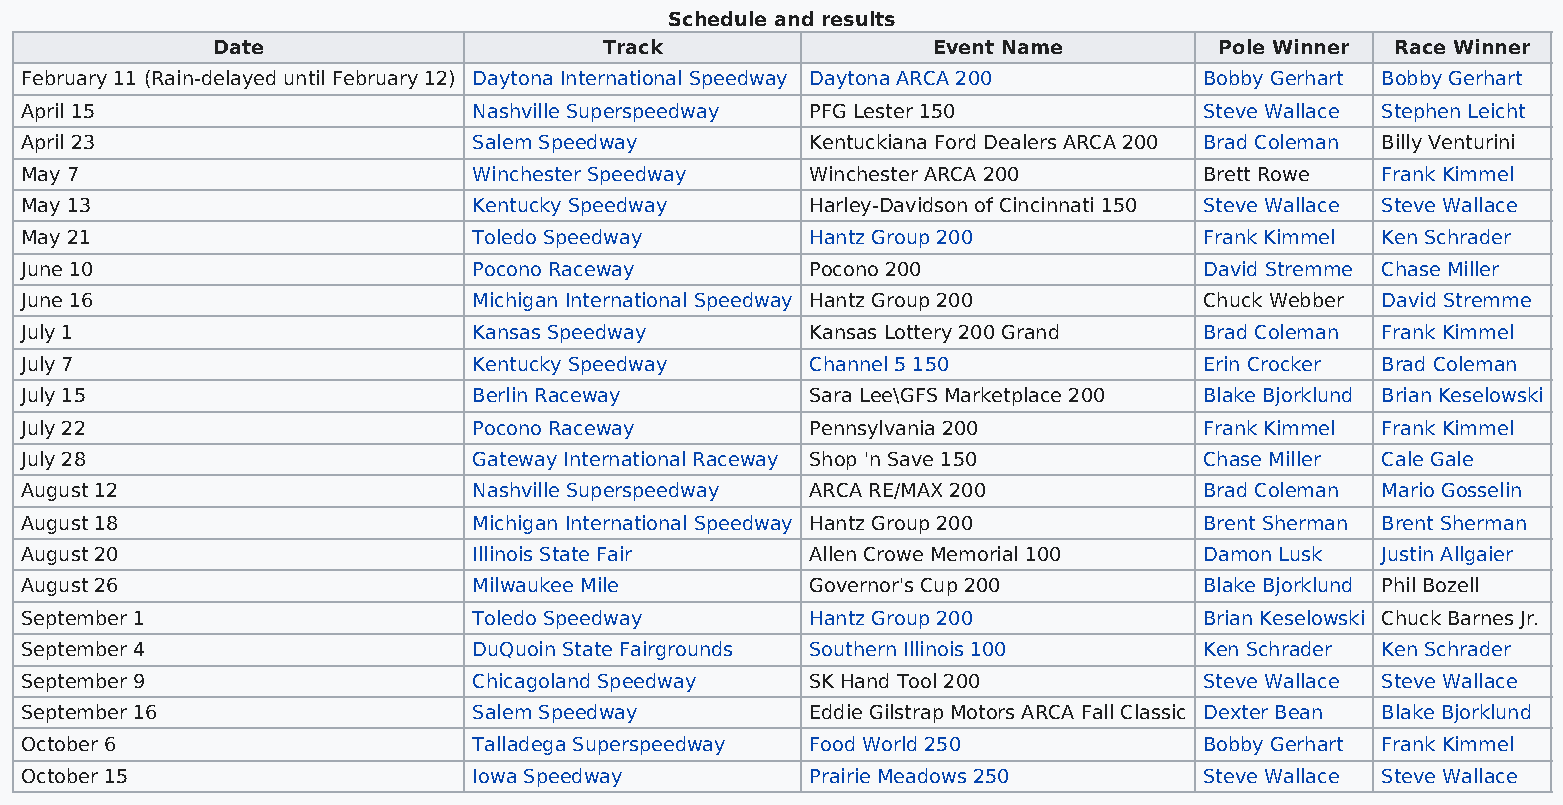
Schedule and results
 Date                      Track                 Event Name         Pole Winner Race Winner
 February 11 (Rain-delayed until February 12) Daytona International Speedway Daytona ARCA 200 Bobby Gerhart Bobby Gerhart
 April 15                      Nashville Superspeedway PFG Lester 150           Steve Wallace Stephen Leicht
 April 23                      Salem Speedway         Kentuckiana Ford Dealers ARCA 200 Brad Coleman Billy Venturini
 May 7                         Winchester Speedway    Winchester ARCA 200       Brett Rowe Frank Kimmel
 May 13                        Kentucky Speedway      Harley-Davidson of Cincinnati 150 Steve Wallace Steve Wallace
 May 21                        Toledo Speedway        Hantz Group 200           Frank Kimmel Ken Schrader
 June 10                       Pocono Raceway         Pocono 200                David Stremme Chase Miller
 June 16                       Michigan International Speedway Hantz Group 200  Chuck Webber David Stremme
 July 1                        Kansas Speedway        Kansas Lottery 200 Grand  Brad Coleman Frank Kimmel
 July 7                        Kentucky Speedway      Channel 5 150             Erin Crocker Brad Coleman
 July 15                       Berlin Raceway         Sara Lee\GFS Marketplace 200 Blake Bjorklund Brian Keselowski
 July 22                       Pocono Raceway         Pennsylvania 200          Frank Kimmel Frank Kimmel
 July 28                       Gateway International Raceway Shop 'n Save 150   Chase Miller Cale Gale
 August 12                     Nashville Superspeedway ARCA RE/MAX 200          Brad Coleman Mario Gosselin
 August 18                     Michigan International Speedway Hantz Group 200  Brent Sherman Brent Sherman
 August 20                     Illinois State Fair    Allen Crowe Memorial 100  Damon Lusk Justin Allgaier
 August 26                     Milwaukee Mile         Governor's Cup 200        Blake Bjorklund Phil Bozell
 September 1                   Toledo Speedway        Hantz Group 200           Brian Keselowski Chuck Barnes Jr.
 September 4                   DuQuoin State Fairgrounds Southern Illinois 100  Ken Schrader Ken Schrader
 September 9                   Chicagoland Speedway   SK Hand Tool 200          Steve Wallace Steve Wallace
 September 16                  Salem Speedway         Eddie Gilstrap Motors ARCA Fall Classic Dexter Bean Blake Bjorklund
 October 6                     Talladega Superspeedway Food World 250           Bobby Gerhart Frank Kimmel
 October 15                    Iowa Speedway          Prairie Meadows 250       Steve Wallace Steve Wallace